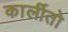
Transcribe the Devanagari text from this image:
कार्लीतो